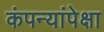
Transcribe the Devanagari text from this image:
कंपन्यांपेक्षा